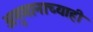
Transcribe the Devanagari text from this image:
अनुमानाच्याही